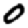
Digit: 0